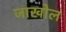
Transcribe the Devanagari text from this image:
जाखोल